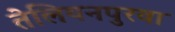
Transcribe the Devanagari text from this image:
तेलियनपुरवा